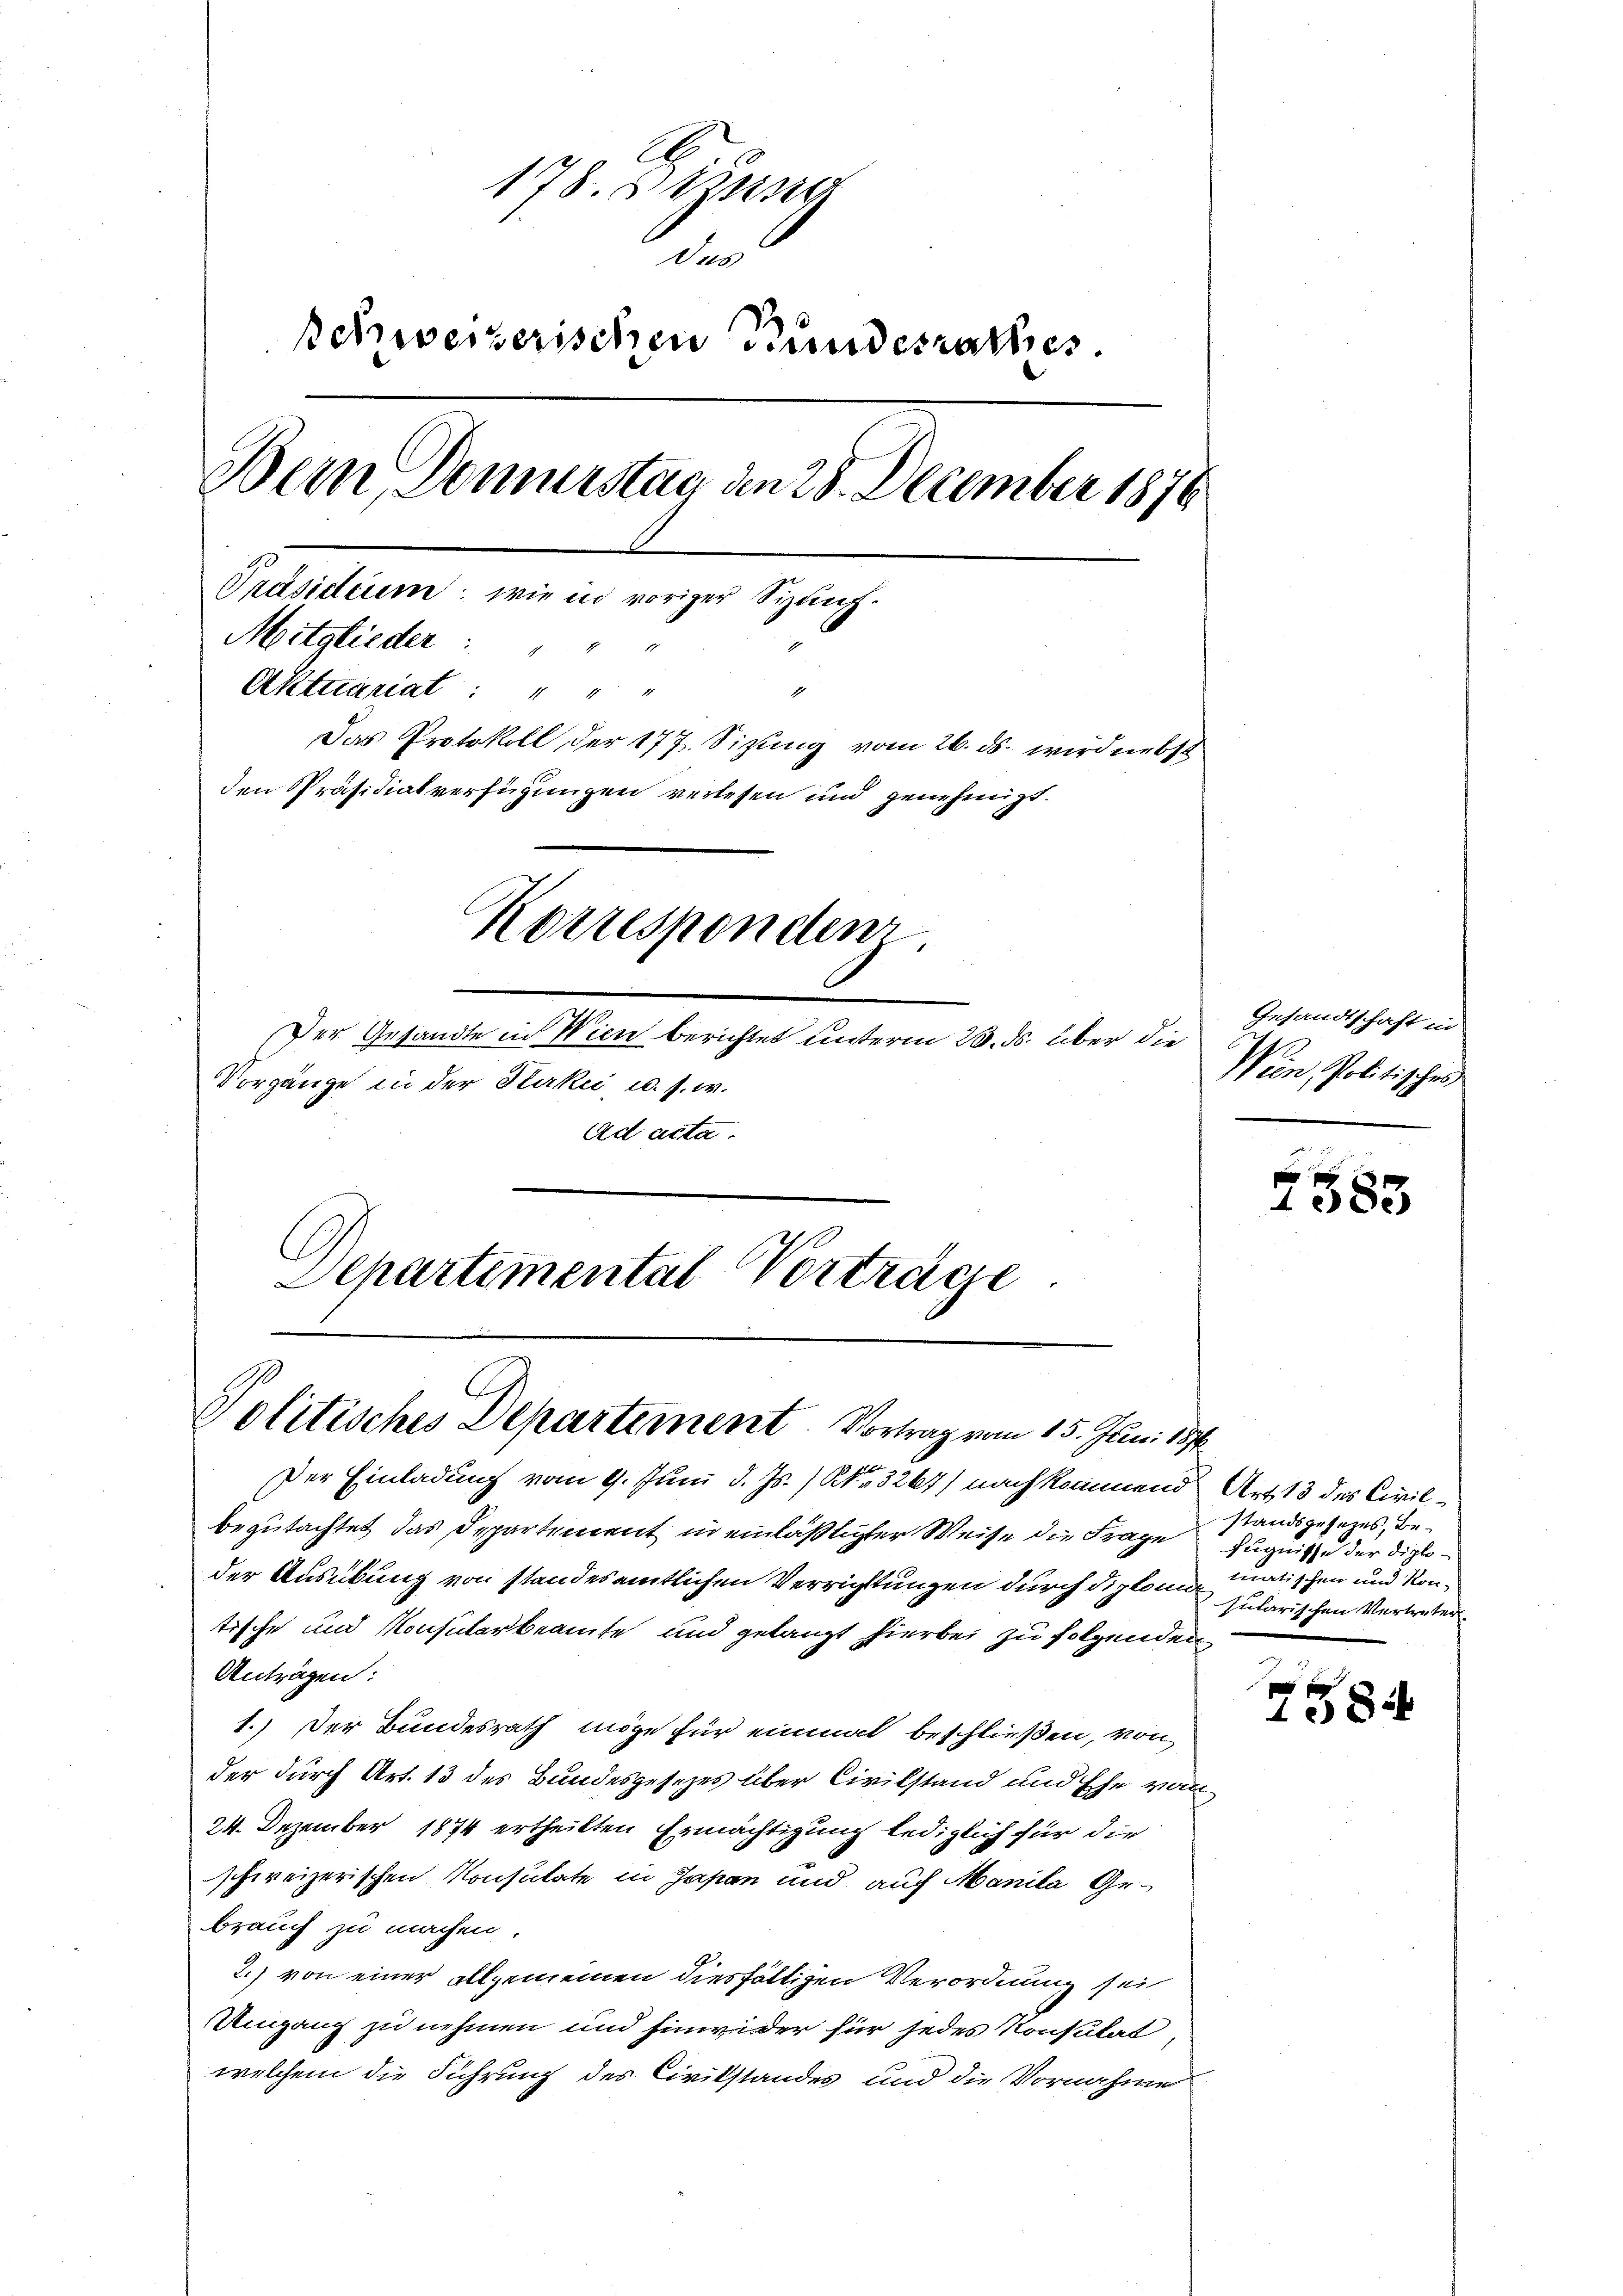
178. Sizung
n
schweizerischen Bundesrathes.
Bern Domurstag an 28. December 1876
Präsidium: wie in voriger Sizanf.
Mitglieder: " " "
1
Aktuariat: " " "
Das Protokoll der 177. Sizung vom 26. ds. wird nebst
den Präsidialverfügungen verlesen und genehmigt.
Korrespondenz
Der Gesandte in Wien berichtet unterm 23. ds. über die
Vorgänge in der Harkei u. s. w.
Ad acta.

Politisches Departement. Vortrag vom 15. Juni 1874.

Departemental Vorträge

Der Einladung vom 9. Juni d. Js. /Kk. 3267) nach kommend Art 13 des Civilbegutachtet, das Departement in einläßlicher Weise die Frage
der Ausübung von standesamtlichen Verrichtungen durch diplomatische und Konsularbeamte und gelangt hierbei zu folgenden
Anträgen:
1.) Der Bundesrath möge für einmal beschließen, von
der durch Art. 13 des Bundesgesezes über Civilstand und Ehe von
24. Dezember 1874 ertheilten Ermächtigung lediglich für die
schweizerischen Konsulate in Japan und auf Manila Gebrauch zu machen.
2.) von einer allgemeinen diesfältigen Verordnung sei
Umgang zu nehmen und hinwider für jedes Konsulat,
welchem die Führung des Civilstandes und die Vornahme

Gesandtschaft in
Wein Politischen

1585

standsgesezes, Befugnisse der Diplomatischen und Kon¬
Jularischen Vertreten

7584